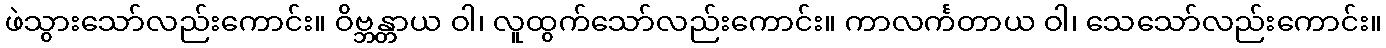
ဖဲသွားသော်လည်းကောင်း။ ဝိဗ္ဘန္တာယ ဝါ၊ လူထွက်သော်လည်းကောင်း။ ကာလင်္ကတာယ ဝါ၊ သေသော်လည်းကောင်း။